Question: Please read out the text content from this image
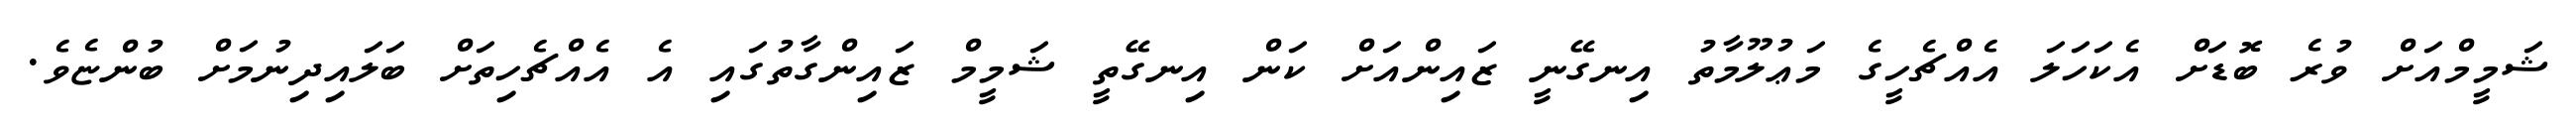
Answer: ޝަމީމްއަށް ވުރެ ބޮޑަށް އެކަހަލަ އެއްޗެހީގެ މަޢުލޫމާތު އިނގޭނީ ޒައިންއަށް ކަން އިނގޭތީ ޝަމީމް ޒައިންގާތުގައި އެ އެއްޗެހިތަށް ބަލައިދިނުމަށް ބުންޏެވެ.